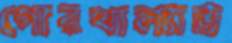
গোরখাল্যান্ড